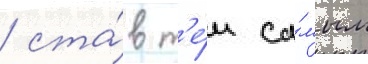
/ ста́в т'е́м са́мым